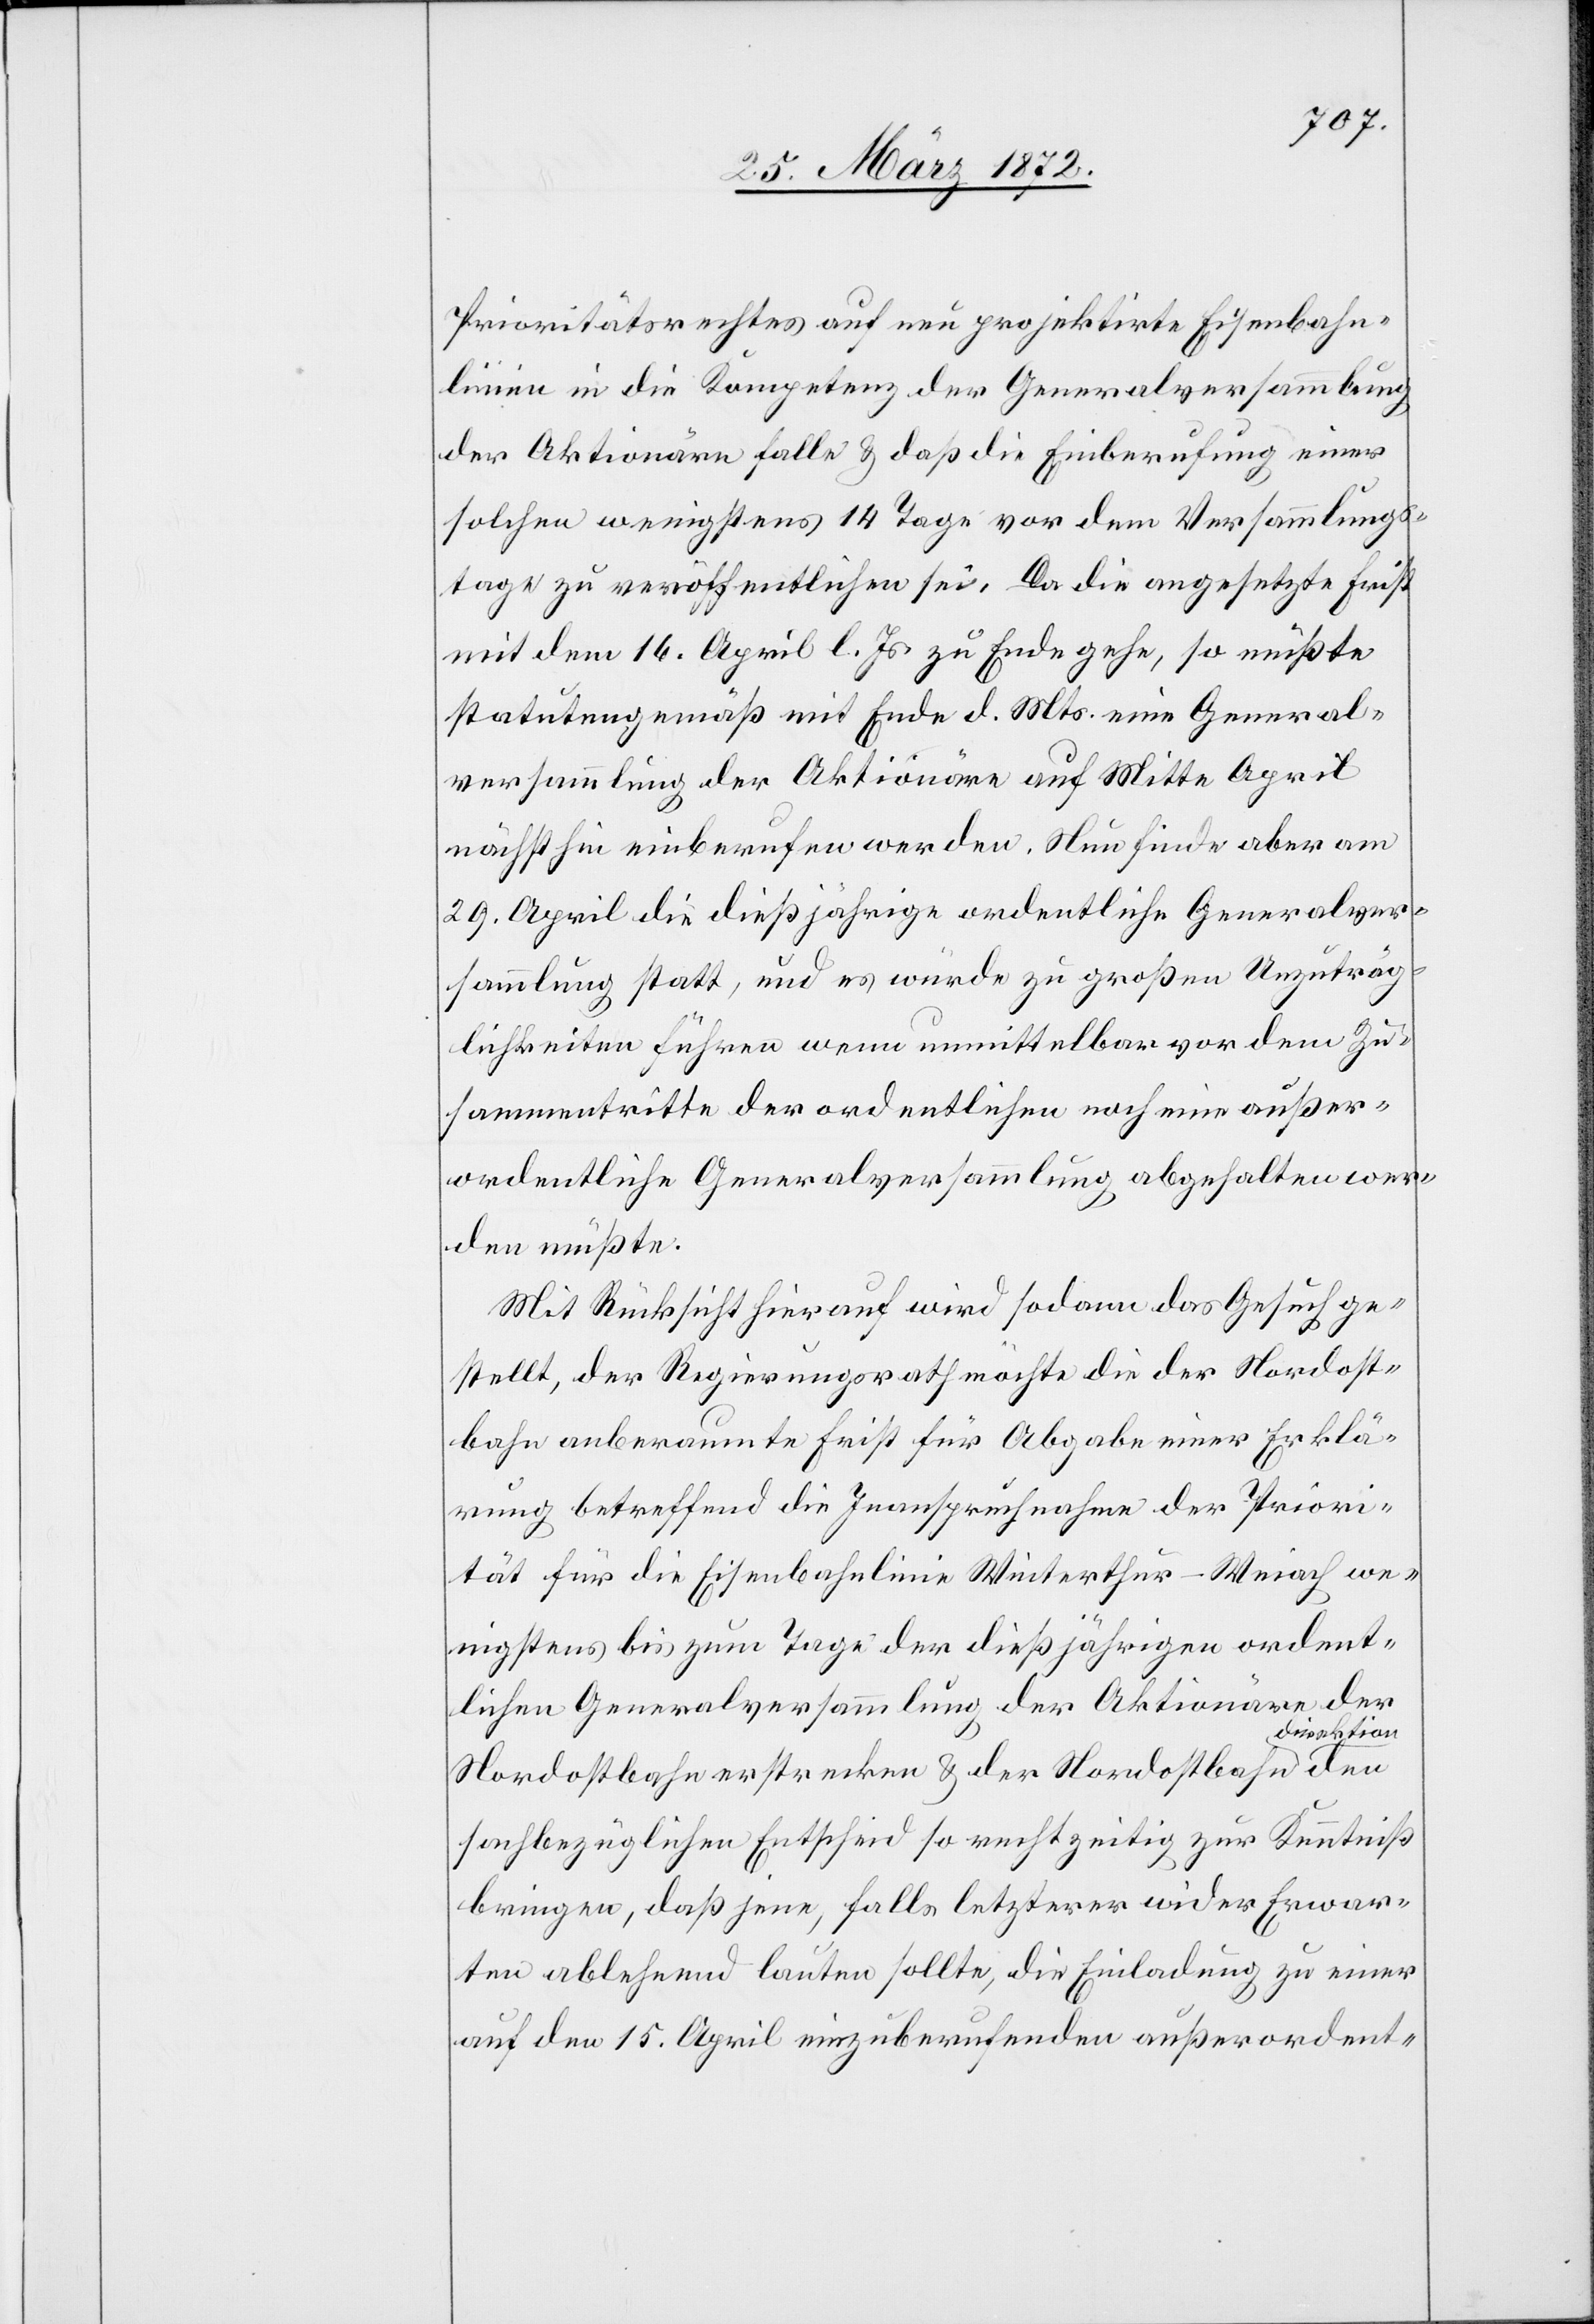
Prioritätsrechtes auf neu projektirte Eisenbahn¬
linien in die Kompetenz der Generalversammlung
der Aktionäre falle u. daß die Einberufung einer
solchen wenigstens 14 Tage vor dem Versammlungs¬
tage zu veröffentlichen sei. Da die angesetzte Frist
mit dem 16. April l. Js. zu Ende gehe, so müßte
statutengemäß mit Ende d. Mts. eine General¬
versammlung der Aktionäre auf Mitte April
nächsthin einberufen werden. Neu finde aber am
29. April die dießjährige ordentliche Generalver¬
sammlung statt, und es würde zu großen Unzuträg¬
lichkeiten führen wenn unmittelbar vor dem Zu¬
sammentritte der ordentlichen noch eine außer¬
ordentliche Generalversammlung abgehalten wer¬
den müßte.
Mit Rücksicht hierauf wird sodann das Gesuch ge¬
stellt, der Regierungsrath möchte die der Nordost¬
bahn anberaumte Frist für Abgabe einer Erklä¬
rung betreffend die Inanspruchnahme der Priori¬
tät für die Eisenbahnlinie Winterthur(Weiach we¬
nigstens bis zum Tage der dießjährigen ordent¬
lichen Generalversammlung der Aktionäre, der
irektion
Nordostbahn erstrecken u. der Nordostbahnd¬
sachbezüglichen Entscheid so rechtzeitig zur Kenntniß
bringen, daß jene, falls letzterer wider Erwar¬
ten ablehnend lauten sollte, die Einladung zu einer
auf den 15. April einzuberufenden außerordent-